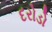
દરોડો